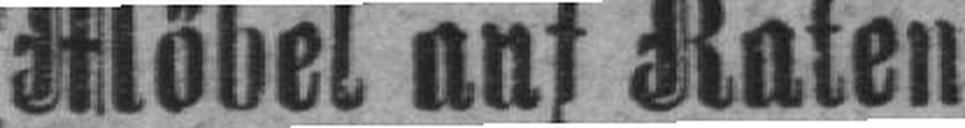
Möbel auf Raten